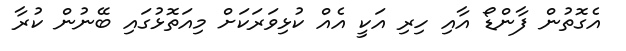
އެގޮތުން ފާންޑޯ އާއި ހިރި އަކީ އެއް ކުޅިވަރަކަށް މިއަތޮޅުގައި ބޭނުން ކުރާ